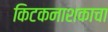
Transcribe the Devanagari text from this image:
किटकनाशकाचा